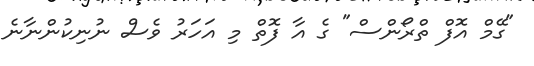
"ގޭމް އޮފް ތްރޯންސް" ގެ އާ ފޮތް މި އަހަރު ވެސް ނުނިކުންނާނެ